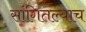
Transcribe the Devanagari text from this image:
सांगितल्याच